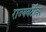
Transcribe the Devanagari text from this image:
राज्यवटीवर